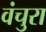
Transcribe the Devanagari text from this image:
वंचुरा